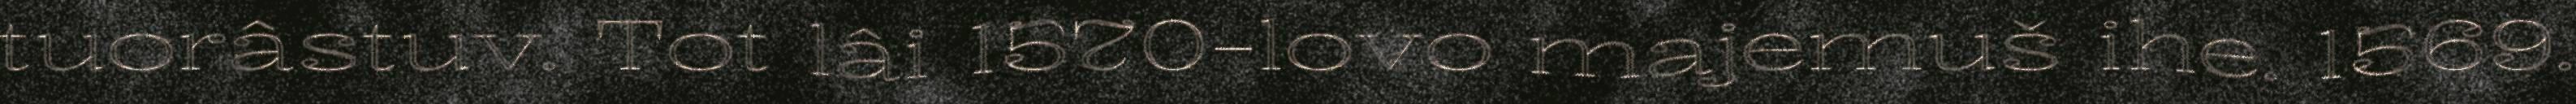
tuorâstuv. Tot lâi 1570-lovo majemuš ihe. 1569.